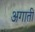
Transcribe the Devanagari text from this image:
अगाती